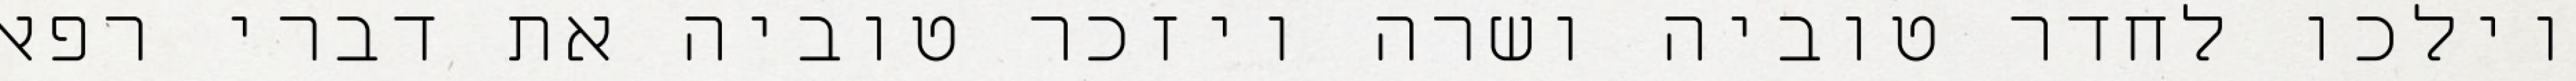
וילכו לחדר טוביה ושרה ויזכר טוביה את דברי רפאל